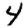
Digit: 4